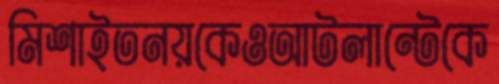
মিশাইতনয়কেওআটলান্টেকে